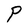
Character: P